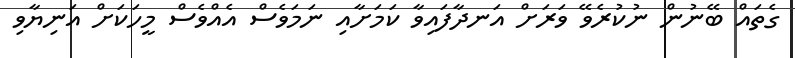
ގެތައް ބޭނުން ނުކުރެވޭ ވަރަށް އަނދާފައިވާ ކަމަށާއި ނަމަވެސް އެއްވެސް މީހަކަށް އަނިޔާވި